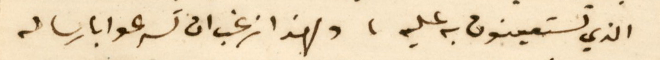
الذي تستعينون به عليه، ولهذا ارغب ان تسرعوا بارساله